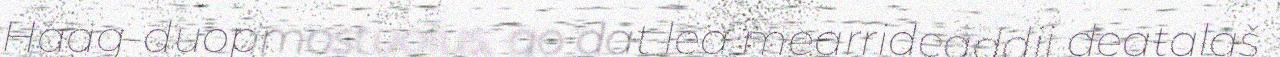
Haag-duopmostuolus, go dat lea mearrideaddji deaŧalaš